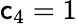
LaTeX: \mathsf{c}_{4}=1